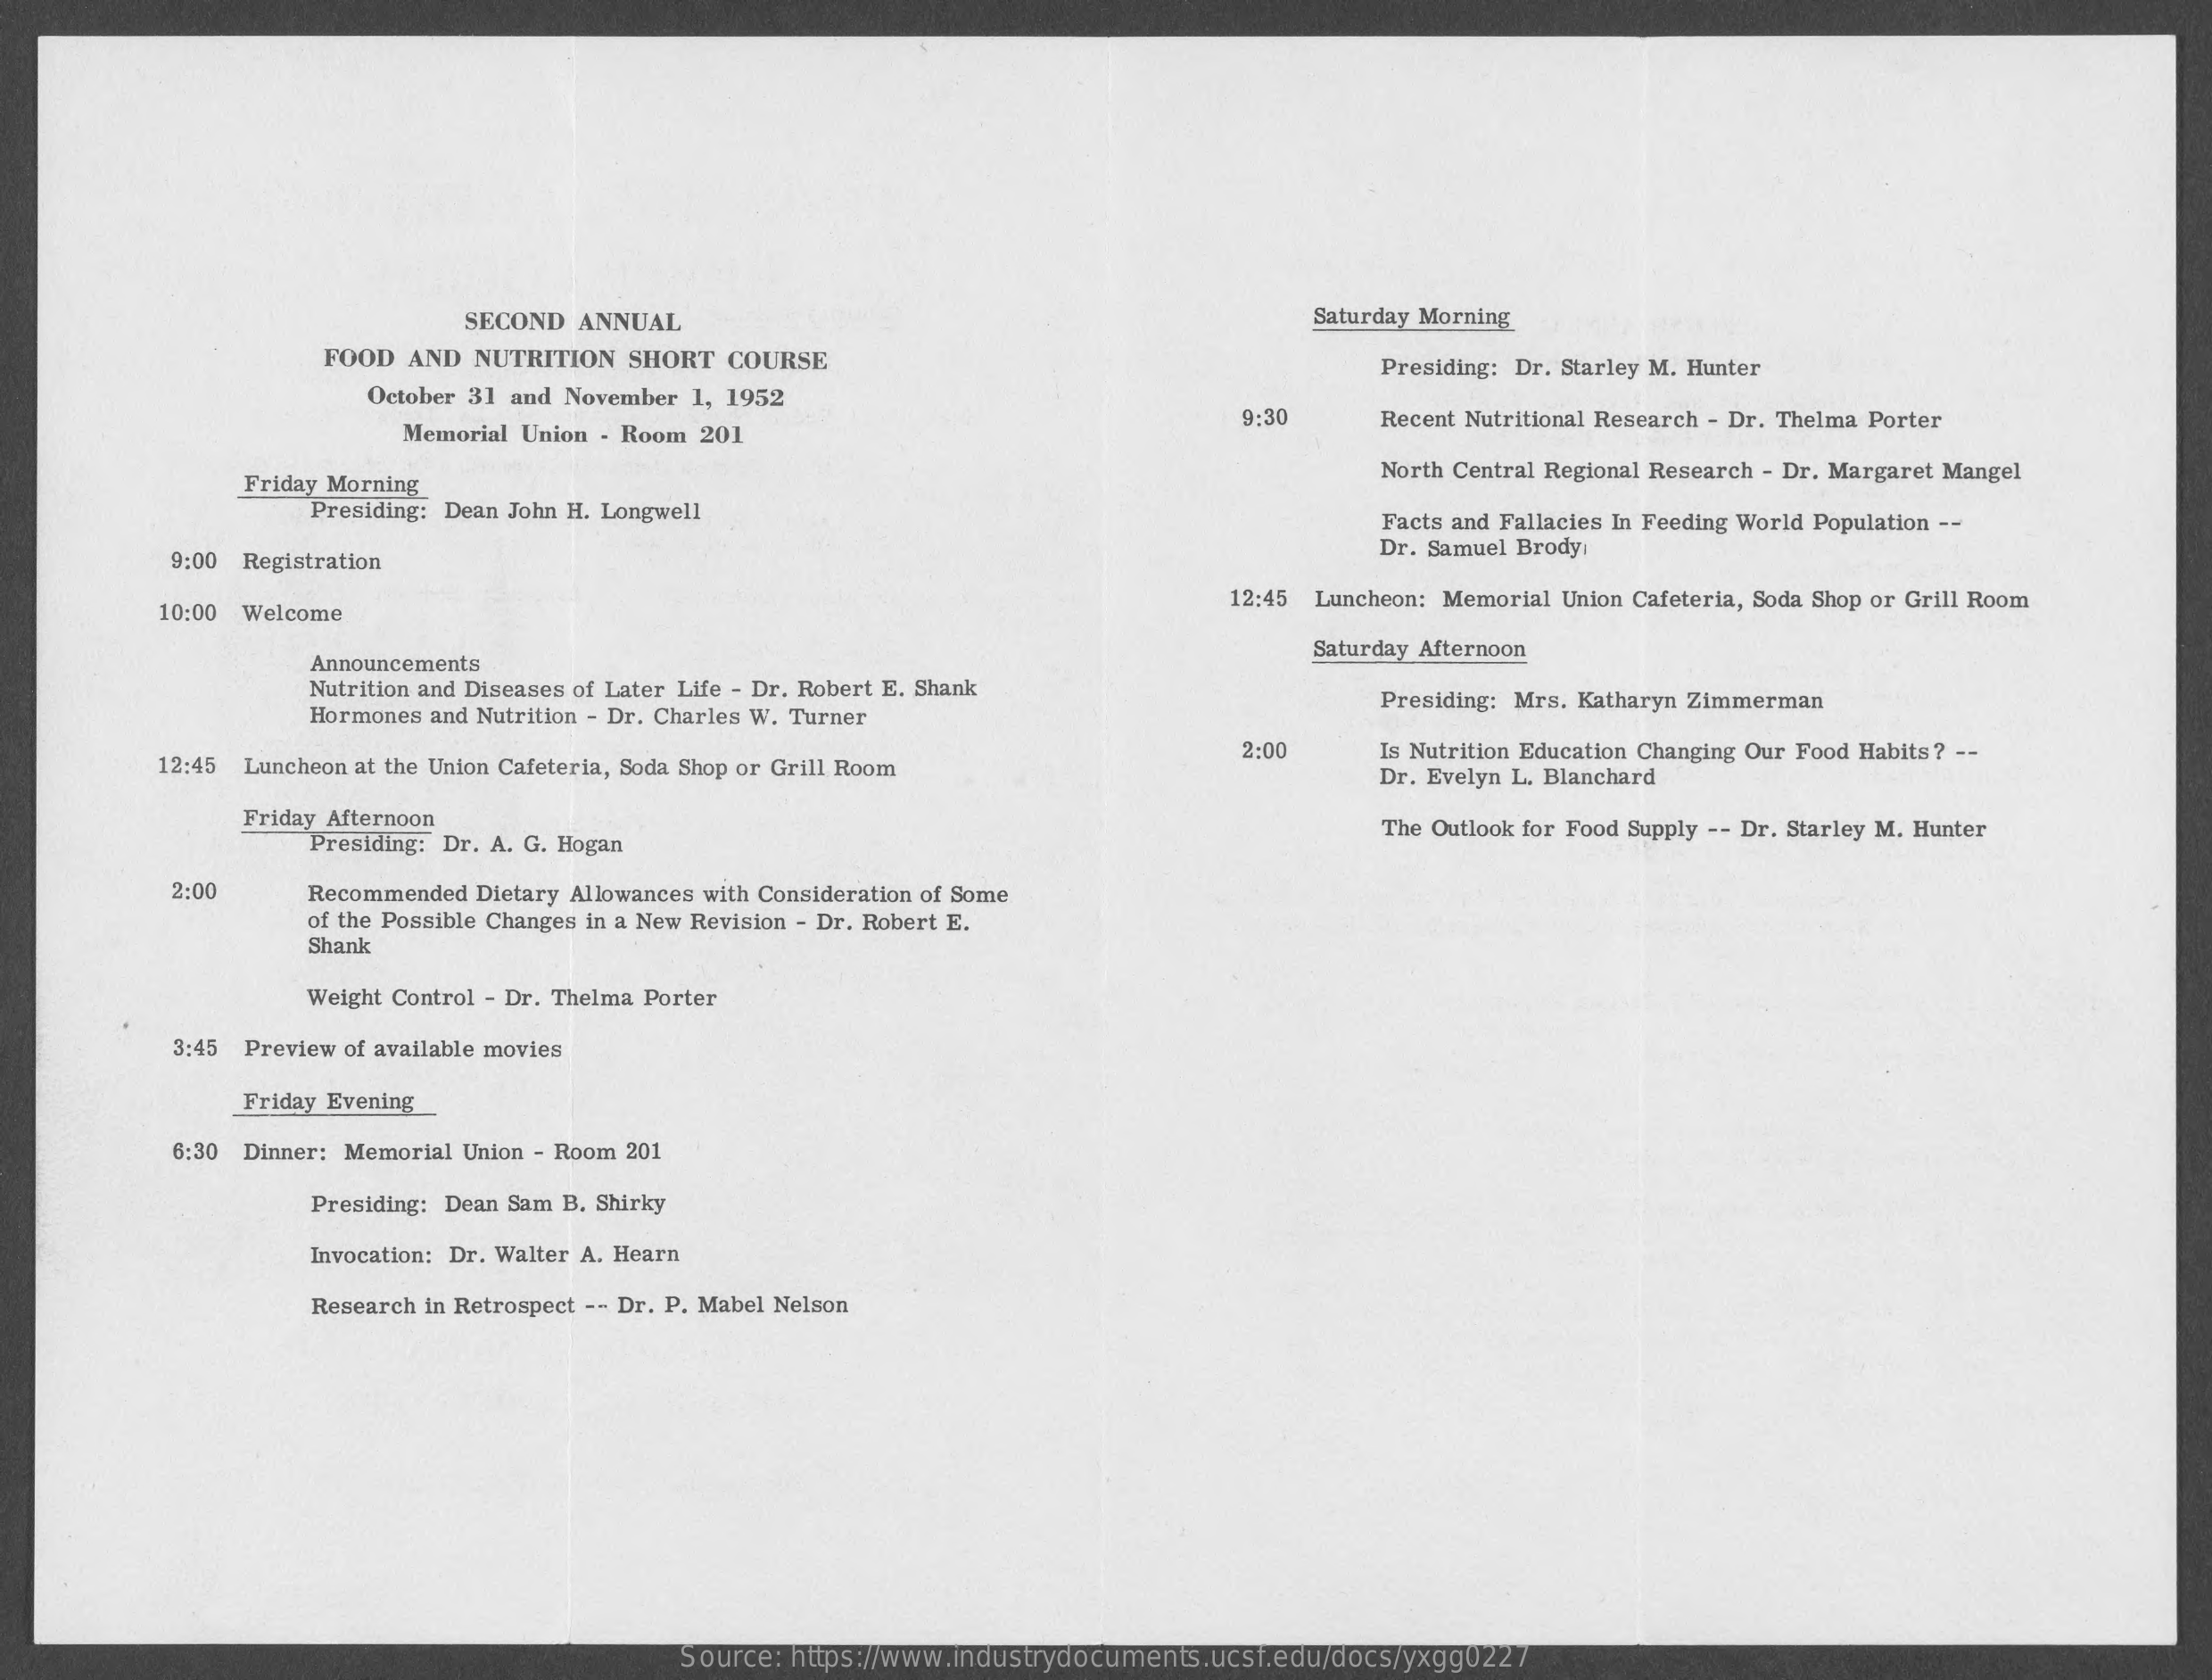
SECOND ANNUAL    Saturday Morning
     FOOD AND NUTRITION SHORT COURSE    Presiding: Dr. Starley M. Hunter
     October 31 and November 1, 1952
     Memorial Union - Room 201
     9:30  Recent Nutritional Research - Dr. Thelma Porter
     Friday Morning
     North Central Regional Research - Dr. Margaret Mangel
     Presiding: Dean John H. Longwell    Facts and Fallacies In Feeding World Population --
     9:00 Registration
     Dr. Samuel Brody:
     10:00 Welcome
     12:45 Luncheon: Memorial Union Cafeteria, Soda Shop or Grill Room
     Announcements
     Saturday Afternoon
     Nutrition and Diseases of Later Life - Dr. Robert E. Shank
     Hormones and Nutrition - Dr. Charles W. Turner
     Presiding: Mrs. Katharyn Zimmerman
     12:45 Luncheon at the Union Cafeteria, Soda Shop or Grill Room
     2:00  Is Nutrition Education Changing Our Food Habits? --
     Dr. Evelyn L. Blanchard
     Friday Afternoon
     Presiding: Dr. A. G. Hogan
     The Outlook for Food Supply -- Dr. Starley M. Hunter
     2:00  Recommended Dietary Allowances with Consideration of Some
     of the Possible Changes in a New Revision - Dr. Robert E.
     Shank
     Weight Control - Dr. Thelma Porter
     3:45 Preview of available movies
     Friday Evening
     6:30 Dinner: Memorial Union - Room 201
     Presiding: Dean Sam B. Shirky
     Invocation: Dr. Walter A. Hearn
     Research in Retrospect -- Dr. P. Mabel Nelson
     Source: https://www.industrydocuments.ucsf.edu/docs/yxgg0227